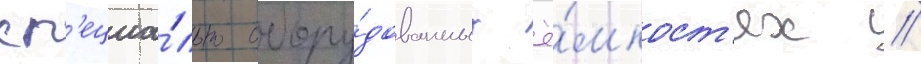
сп'ециа́льно обору́дованных ё́мкост'ях //